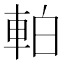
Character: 𫏴